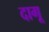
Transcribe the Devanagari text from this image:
दागू